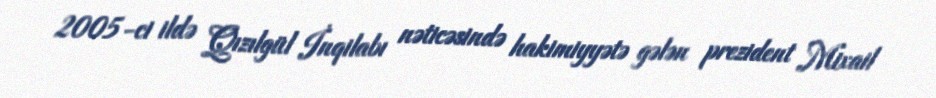
2005-ci ildə Qızılgül İnqilabı nəticəsində hakimiyyətə gələn prezident Mixail